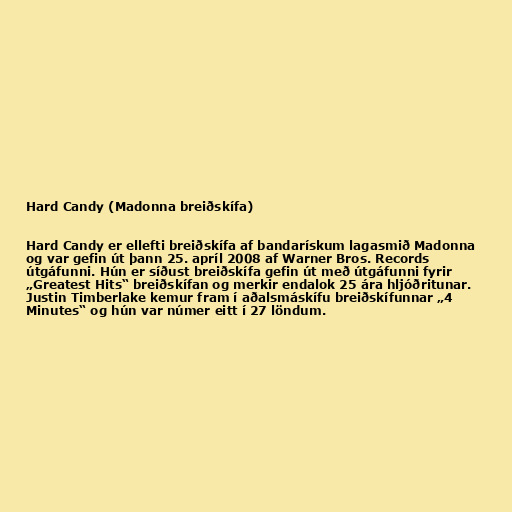
Hard Candy (Madonna breiðskífa)

Hard Candy er ellefti breiðskífa af bandarískum lagasmið Madonna
og var gefin út þann 25. apríl 2008 af Warner Bros. Records
útgáfunni. Hún er síðust breiðskífa gefin út með útgáfunni fyrir
„Greatest Hits“ breiðskífan og merkir endalok 25 ára hljóðritunar.
Justin Timberlake kemur fram í aðalsmáskífu breiðskífunnar „4
Minutes“ og hún var númer eitt í 27 löndum.